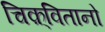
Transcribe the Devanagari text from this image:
चिक़्वितानो